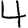
Digit: 4